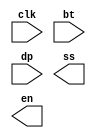
// Created by Jeevaka Dassanayake on 5/24/18.
//   Copyright (c) 2018 Jeevaka Dassanayake.

`timescale 1ns / 1ps

module BoardTest( input wire clk, input wire [4:0] bt, input wire [7:0] dp, output wire [7:0] ss, output wire [2:0] en );


endmodule